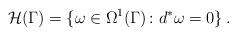
LaTeX: \begin{align*}\mathcal{H}(\Gamma) = \{\omega \in \Omega^1(\Gamma) \colon d^*\omega = 0 \} \, .\end{align*}